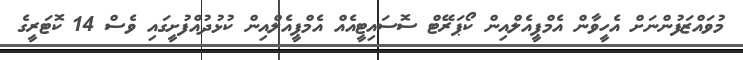
މުވައްޒަފުންނަށް އެހީވާން އެމްޕީއެލްއިން ކޯޕަރޭޓް ސޮސައިޓީއެއް އެމްޕީއެލްއިން ކުޅުދުއްފުށީގައި ވެސް 14 ކޮޓަރީގެ